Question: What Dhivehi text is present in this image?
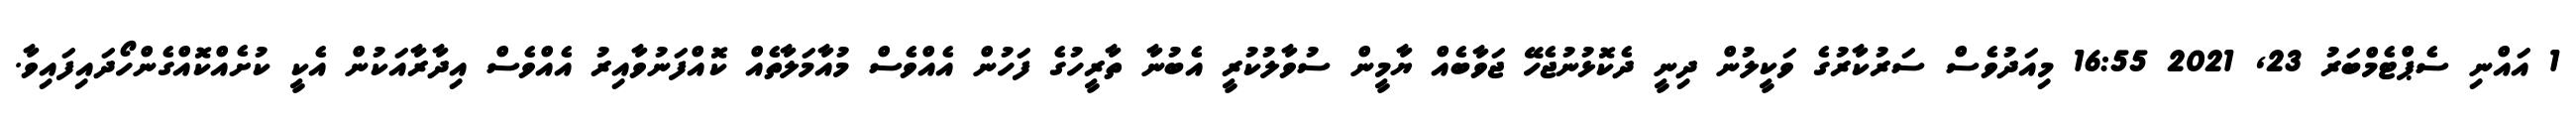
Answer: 1 އައްނި ސެޕްޓެމްބަރު 23, 2021 16:55 މިއަދުވެސް ސަރުކާރުގެ ވަކީލުން ދިނީ ދެކޮޅުނުޖެހޭ ޖަވާބެއް ޔާމީން ސުވާލުކުރީ އެބުނާ ތާރީހުގެ ފަހުން އެއްވެސް މުއާމަލާތެއް ކޮއްފަނުވާއިރު އެއްވެސް އިދާރާއަކުން އެކީ ކުށެއްކޮއްގެންހޯދައިފައިވާ.